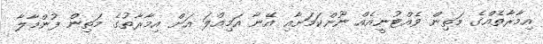
އިމާރާތެއްގެ މަތިން ވެއްޓުނީއެއް ނޫންކަމަށާއި އޭނާ އަމިއްލަ އަށް އިމާރާތުގެ މަތިން ފުންމާލާ